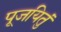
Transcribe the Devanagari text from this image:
पूजयितुं